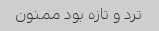
ترد و تازه بود ممنون